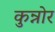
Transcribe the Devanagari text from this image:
कुन्नोर